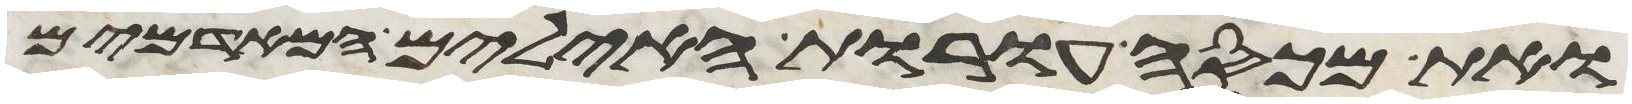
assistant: ואת מכסה עורת האילים המאדמים